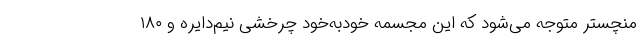
منچستر متوجه می‌شود که این مجسمه خود‌به‌خود چرخشی نیم‌دایره و ۱۸۰